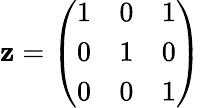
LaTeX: \mathbf{z}={\left(\begin{array}{lll}{1}&{0}&{1}\\ {0}&{1}&{0}\\ {0}&{0}&{1}\end{array}\right)}